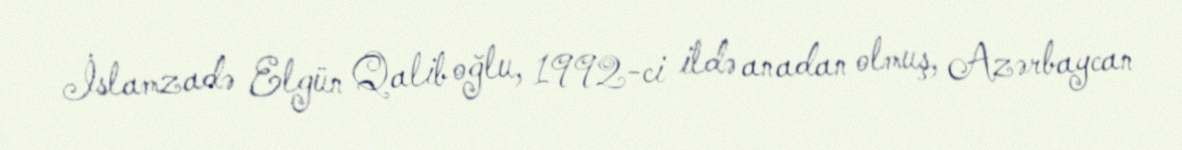
İslamzadə Elgün Qalib oğlu, 1992-ci ildə anadan olmuş, Azərbaycan